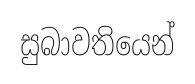
සුබාවතියෙන්